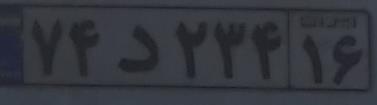
۷۴د۲۳۴۱۶